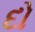
દો